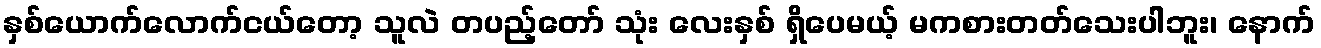
နှစ်ယောက်လောက်ငယ်တော့ သူလဲ တပည့်တော် သုံး လေးနှစ် ရှိပေမယ့် မကစားတတ်သေးပါဘူး၊ နောက်